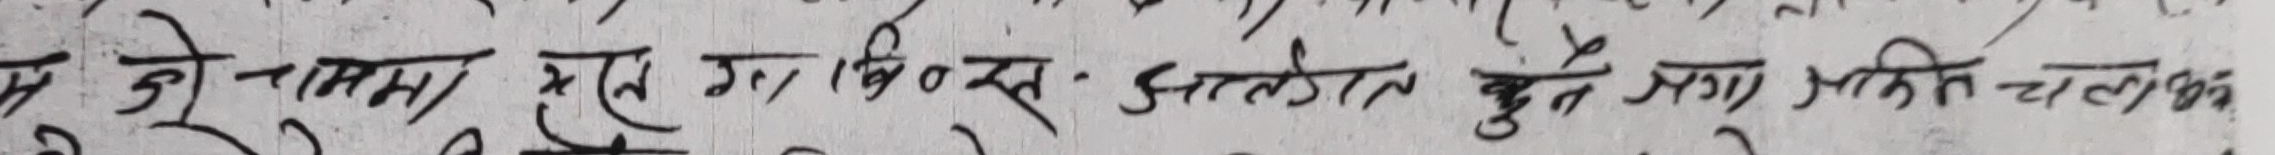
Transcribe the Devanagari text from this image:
म हुने नमान्छु हरे गर वि०स- झालतो हुनुभएमा अति चालुको